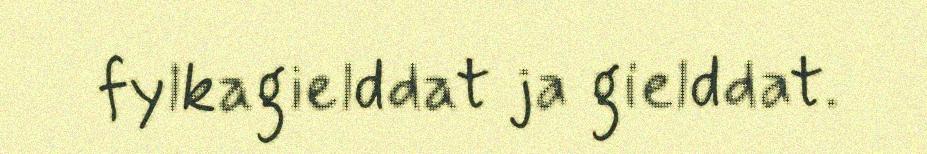
fylkagielddat ja gielddat.